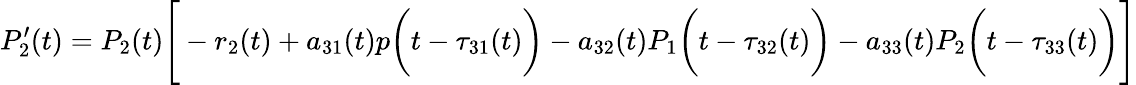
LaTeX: P_{2}^{\prime}(t)=P_{2}(t){\Biggl[}-r_{2}(t)+a_{31}(t)p{\biggl(}t-\tau_{31}(t){\biggr)}-a_{32}(t)P_{1}{\biggl(}t-\tau_{32}(t){\biggr)}-a_{33}(t)P_{2}{\biggl(}t-\tau_{33}(t){\biggr)}{\Biggr]}